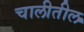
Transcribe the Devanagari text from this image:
चालीतील